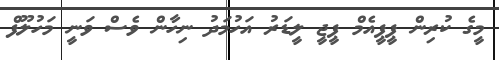
މީގެ ކުރިން ޕީޕީއެމް ޕީޖީ ލީޑަރު އަހުމަދު ނިހާން ވެސް ވަނީ މަހުލޫފް